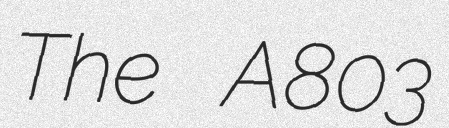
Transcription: The A803